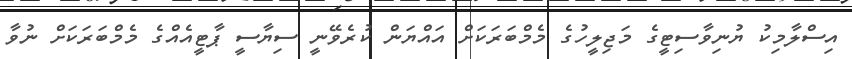
އިސްލާމިކު ޔުނިވާސިޓީގެ މަޖިލީހުގެ މެމްބަރަކަށް އައްޔަން ކުރެވޭނީ ސިޔާސީ ޕާޓީއެއްގެ މެމްބަރަކަށް ނުވާ